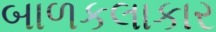
બાળકલાકાર